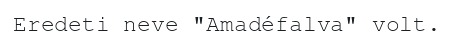
Eredeti neve "Amadéfalva" volt.